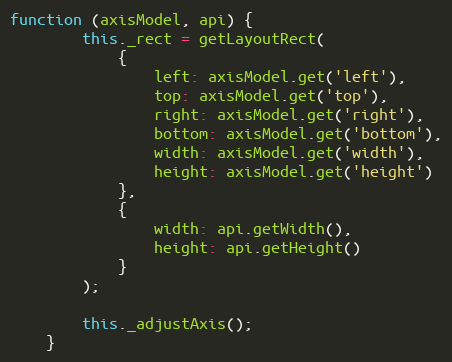
Language: JavaScript
function (axisModel, api) {
        this._rect = getLayoutRect(
            {
                left: axisModel.get('left'),
                top: axisModel.get('top'),
                right: axisModel.get('right'),
                bottom: axisModel.get('bottom'),
                width: axisModel.get('width'),
                height: axisModel.get('height')
            },
            {
                width: api.getWidth(),
                height: api.getHeight()
            }
        );

        this._adjustAxis();
    }